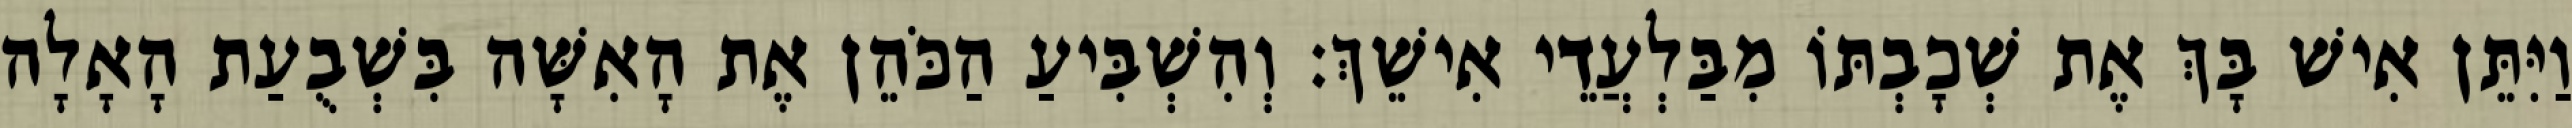
וַיִּתֵּן אִישׁ בָּךְ אֶת שְׁכָבְתּוֹ מִבַּלְעֲדֵי אִישֵׁךְ׃ וְהִשְׁבִּיעַ הַכֹּהֵן אֶת הָאִשָּׁה בִּשְׁבֻעַת הָאָלָה